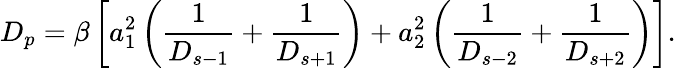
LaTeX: D_{p}=\beta\left[a_{1}^{2}\left(\frac{1}{D_{s-1}}+\frac{1}{D_{s+1}}\right)+a_{2}^{2}\left(\frac{1}{D_{s-2}}+\frac{1}{D_{s+2}}\right)\right].